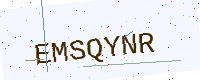
Text: EMSQYNR